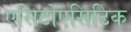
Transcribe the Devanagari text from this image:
एसिटोएसिटिक